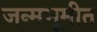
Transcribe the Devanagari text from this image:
जन्मभूमीत